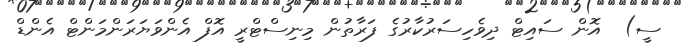
ސީ)  އޮން ސައިޓް ދިވެހިސަރުކާރުގެ ފަރާތުން މިނިސްޓްރީ އޮފް އެންވަޔަރަންމަންޓް އެންޑް